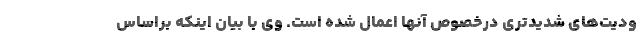
ودیت‌های شدیدتری درخصوص آنها اعمال شده است. وی با بیان اینکه براساس